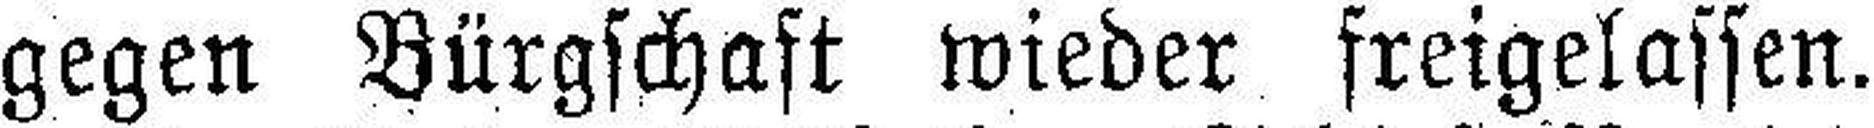
gegen Bürgschaft wieder freigelassen.